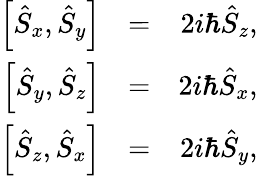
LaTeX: \begin{array}{rlr}{\left[\hat{S}_{x},\hat{S}_{y}\right]}&{=}&{2i\hbar\hat{S}_{z},}\\ {\left[\hat{S}_{y},\hat{S}_{z}\right]}&{=}&{2i\hbar\hat{S}_{x},}\\ {\left[\hat{S}_{z},\hat{S}_{x}\right]}&{=}&{2i\hbar\hat{S}_{y},}\end{array}